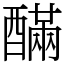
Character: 䤍